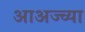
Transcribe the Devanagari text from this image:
आअज्च्या